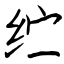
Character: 纻